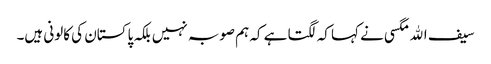
سیف اﷲ مگسی نے کہا کہ لگتا ہے کہ ہم صوبہ نہیں بلکہ پاکستان کی کالونی ہیں۔